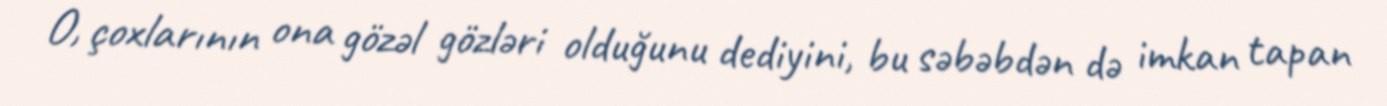
O, çoxlarının ona gözəl gözləri olduğunu dediyini, bu səbəbdən də imkan tapan